Indian journal of veterinary science and animal husbandry - Volume 3,
Year: 1933
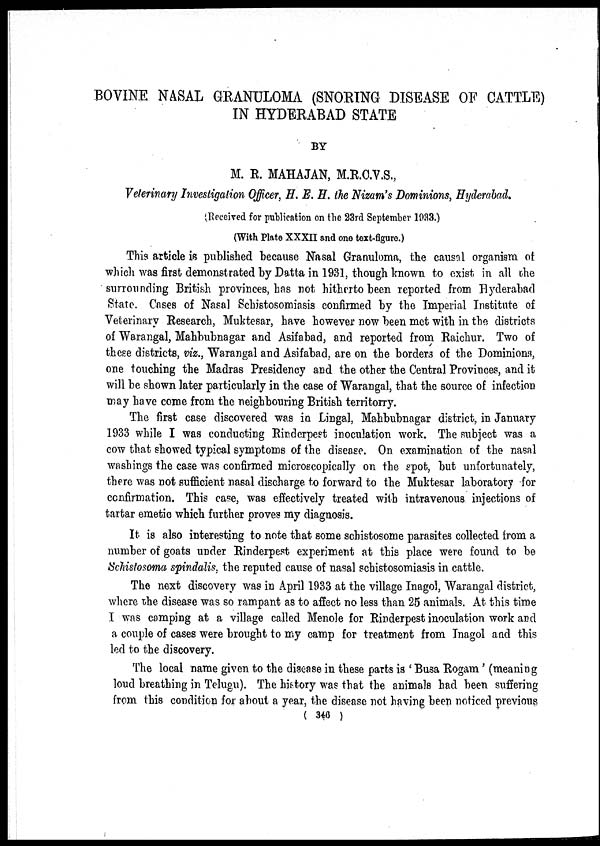
BOVINE NASAL GRANULOMA (SNORING DISEASE OF CATTLE)
IN HYDERABAD STATE
BY
M. R. MAHAJAN, M.R.C.V.S.,
Veterinary Investigation Officer, H. E. H. the Nizam's Dominions, Hyderabad.
(Received for publication on the 23rd September 1933.)
(With Plate XXXII and one text-figure.)
This article is published because Nasal Granuloma, the causal organism of
which was first demonstrated by Datta in 1931, though known to exist in all the
surrounding British provinces, has not hitherto been reported from Hyderabad
State. Cases of Nasal Schistosomiasis confirmed by the Imperial Institute of
Veterinary Research, Muktesar, have however now been met with in the districts
of Warangal, Mahbubnagar and Asifabad, and reported from Raichur. Two of
these districts, viz., Warangal and Asifabad. are on the borders of the Dominions,
one touching the Madras Presidency and the other the Central Provinces, and it
will be shown later particularly in the case of Warangal, that the source of infection
may have come from the neighbouring British territorry.
The first case discovered was in Lingal, Mahbubnagar district, in January
1933 while I was conducting Rinderpest inoculation work. The subject was a
cow that showed typical symptoms of the disease. On examination of the nasal
washings the case was confirmed microscopically on the spot, but unfortunately,
there was not sufficient nasal discharge to forward to the Muktesar laboratory for
confirmation. This case, was effectively treated with intravenous injections of
tartar emetic which further proves my diagnosis.
It is also interesting to note that some schistosome parasites collected from a
number of goats under Rinderpest experiment at this place were found to be
Schistosoma spindalis, the reputed cause of nasal schistosomiasis in cattle.
The next discovery was in April 1933 at the village Inagol, Warangal district,
where the disease was so rampant as to affect no less than 25 animals. At this time
I was camping at a village called Menole for Rinderpest inoculation work and
a couple of cases were brought to my camp for treatment from Inagol and this
led to the discovery.
The local name given to the disease in these parts is ' Busa Rogam' (meaning
loud breathing in Telugu). The history was that the animals had been suffering
from this condition for about a year, the disease not having been noticed previous
( 346 )